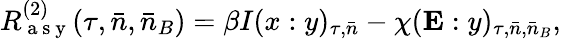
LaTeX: R_{\mathrm{~a~s~y~}}^{(2)}(\tau,\bar{n},\bar{n}_{B})=\beta I(x:y)_{\tau,\bar{n}}-\chi(\mathbf{E}:y)_{\tau,\bar{n},\bar{n}_{B}},